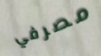
مصرفي